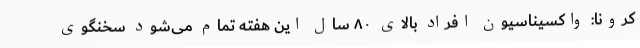
کرونا: واکسیناسیون افراد بالای ۸۰ سال این هفته تمام می‌شود سخنگوی